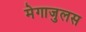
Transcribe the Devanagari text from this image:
मेगाजुलस